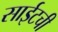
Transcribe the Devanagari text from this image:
साईटची